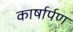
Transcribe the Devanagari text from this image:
कार्षार्पण